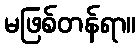
မဖြစ်တန်ရာ။